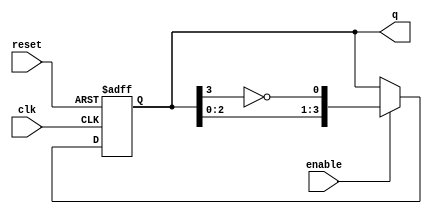
module johnson_counter (
    input wire clk,         // Clock input
    input wire reset,       // Asynchronous reset input
    input wire enable,      // Enable signal
    output reg [N-1:0] q    // Counter output
);
    parameter N = 4;        // Number of flip-flops (can be changed)

    // Always block for the Johnson counter logic
    always @(posedge clk or posedge reset) begin
        if (reset) begin
            // Initialize counter to 0 on reset
            q <= 0;
        end else if (enable) begin
            // Johnson counter logic
            q <= {q[N-2:0], ~q[N-1]}; // Shift left and invert the last bit
        end
        // If enable is low, retain the current state
    end
endmodule